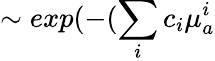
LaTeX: \sim exp(-(\sum_{i}c_{i}\mu_{a}^{i}